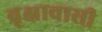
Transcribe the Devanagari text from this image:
वृक्षावासी